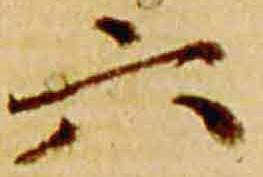
六